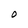
Character: O